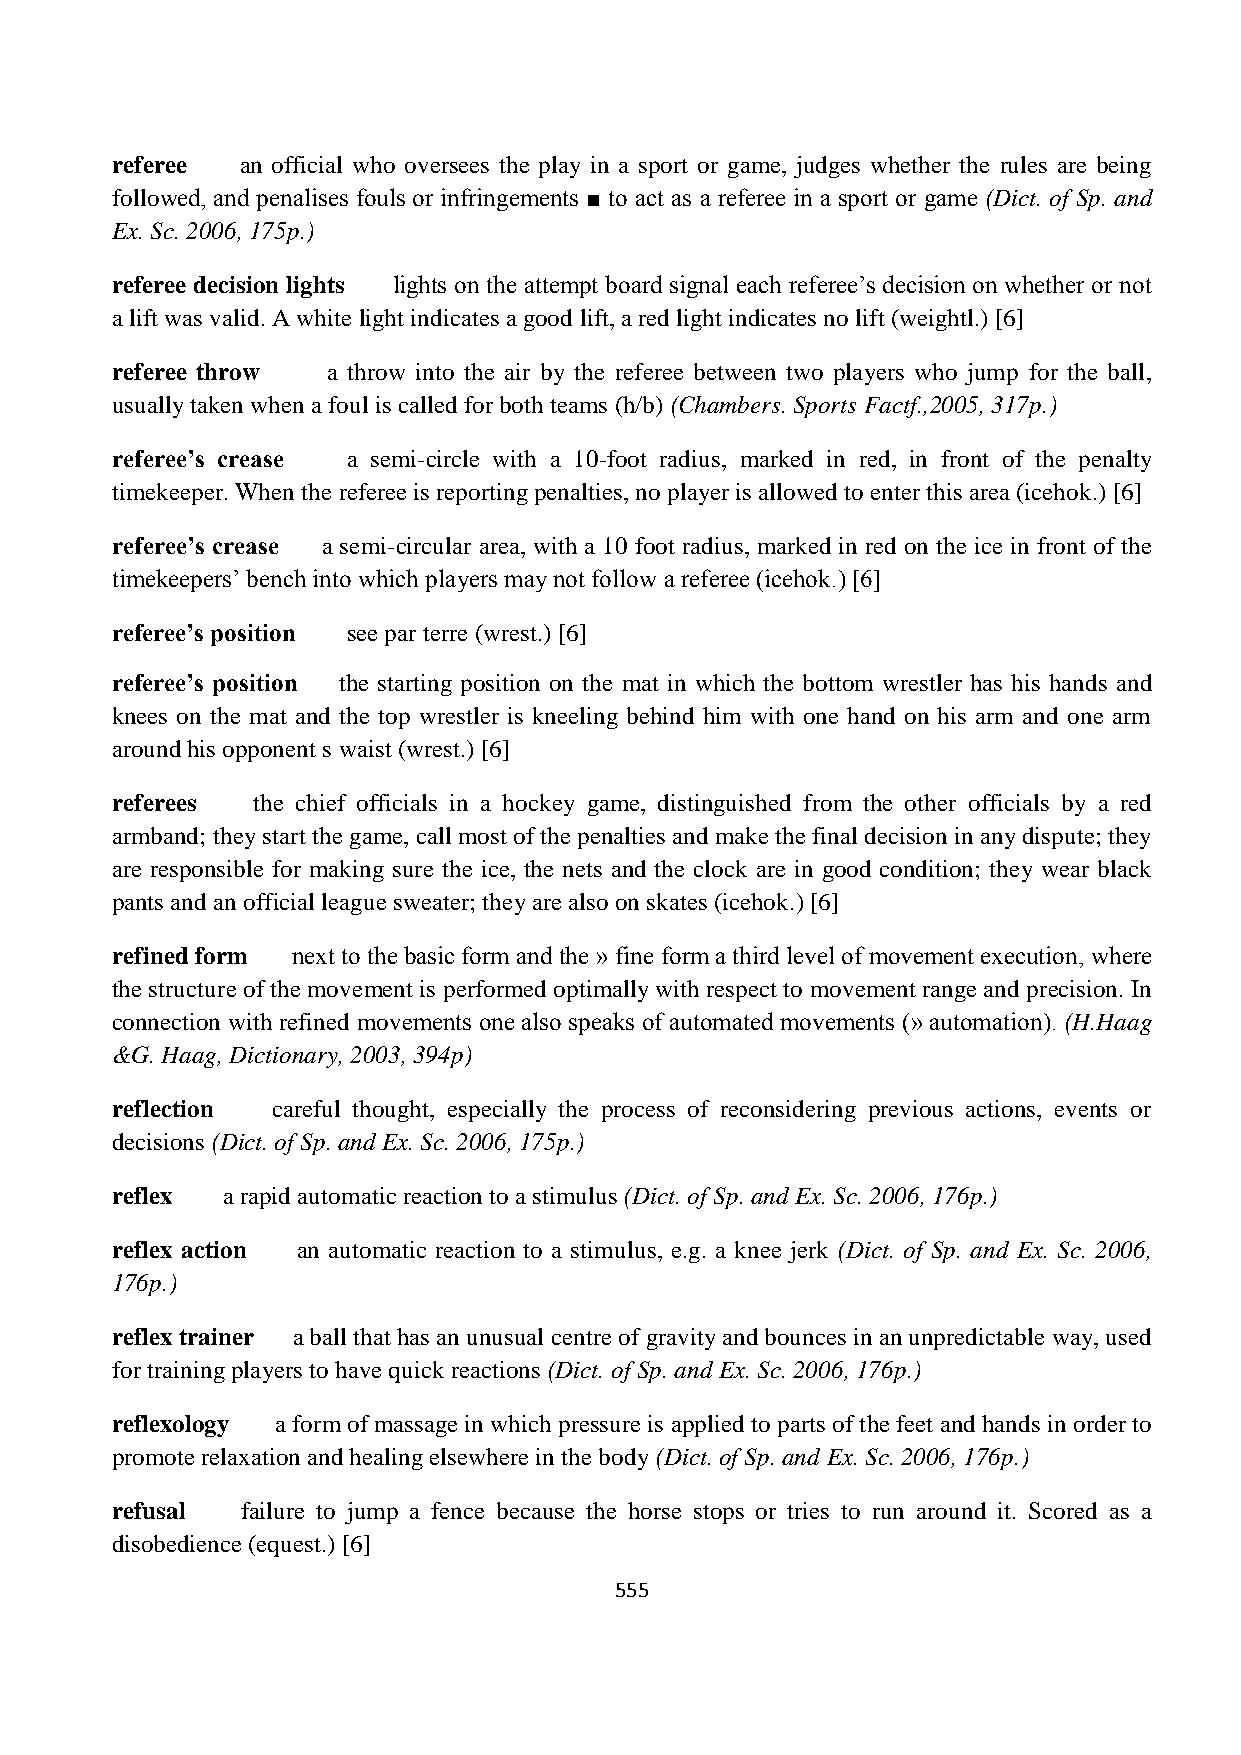
referee  an official who oversees the play in a sport or game, judges whether the rules are being
 followed, and penalises fouls or infringements ■ to act as a referee in a sport or game (Dict. of Sp. and
 Ex. Sc. 2006, 175p.)
 referee decision lights lights on the attempt board signal each referee’s decision on whether or not
 a lift was valid. A white light indicates a good lift, a red light indicates no lift (weightl.) [6]
 referee throw  a throw into the air by the referee between two players who jump for the ball,
 usually taken when a foul is called for both teams (h/b) (Chambers. Sports Factf.,2005, 317p.)
 referee’s crease a semi-circle with a 10-foot radius, marked in red, in front of the penalty
 timekeeper. When the referee is reporting penalties, no player is allowed to enter this area (icehok.) [6]
 referee’s crease a semi-circular area, with a 10 foot radius, marked in red on the ice in front of the
 timekeepers’ bench into which players may not follow a referee (icehok.) [6]
 referee’s position see par terre (wrest.) [6]
 referee’s position the starting position on the mat in which the bottom wrestler has his hands and
 knees on the mat and the top wrestler is kneeling behind him with one hand on his arm and one arm
 around his opponent s waist (wrest.) [6]
 referees  the chief officials in a hockey game, distinguished from the other officials by a red
 armband; they start the game, call most of the penalties and make the final decision in any dispute; they
 are responsible for making sure the ice, the nets and the clock are in good condition; they wear black
 pants and an official league sweater; they are also on skates (icehok.) [6]
 refined form next to the basic form and the » fine form a third level of movement execution, where
 the structure of the movement is performed optimally with respect to movement range and precision. In
 connection with refined movements one also speaks of automated movements (» automation). (H.Haag
 &G. Haag, Dictionary, 2003, 394p)
 reflection careful thought, especially the process of reconsidering previous actions, events or
 decisions (Dict. of Sp. and Ex. Sc. 2006, 175p.)
 reflex  a rapid automatic reaction to a stimulus (Dict. of Sp. and Ex. Sc. 2006, 176p.)
 reflex action an automatic reaction to a stimulus, e.g. a knee jerk (Dict. of Sp. and Ex. Sc. 2006,
 176p.)
 reflex trainer a ball that has an unusual centre of gravity and bounces in an unpredictable way, used
 for training players to have quick reactions (Dict. of Sp. and Ex. Sc. 2006, 176p.)
 reflexology a form of massage in which pressure is applied to parts of the feet and hands in order to
 promote relaxation and healing elsewhere in the body (Dict. of Sp. and Ex. Sc. 2006, 176p.)
 refusal  failure to jump a fence because the horse stops or tries to run around it. Scored as a
 disobedience (equest.) [6]
 555